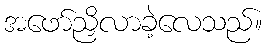
အဖော်ညှိလာခဲ့လေသည်။